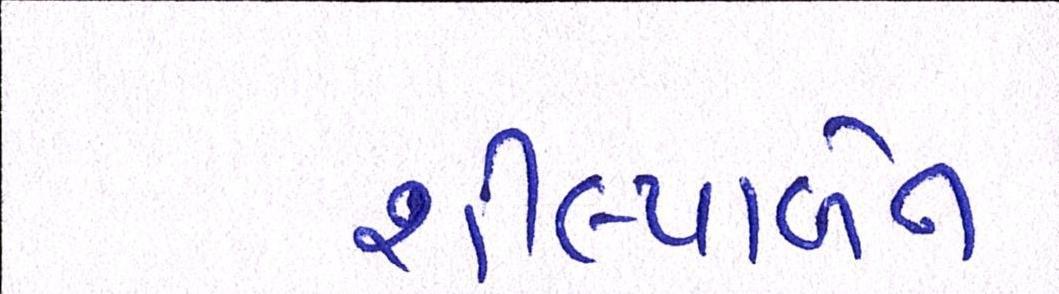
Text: શીલ્પાબેન